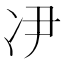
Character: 𫥃